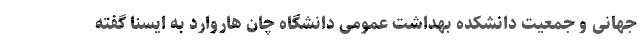
جهانی و جمعیت دانشکده بهداشت عمومی دانشگاه چان هاروارد به ایسنا گفته